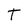
Character: T